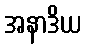
အနာဒိယ